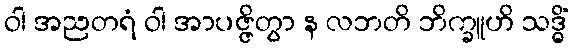
ဝါ အညတရံ ဝါ အာပဇ္ဇိတွာ န လဘတိ ဘိက္ခူဟိ သဒ္ဓိံ